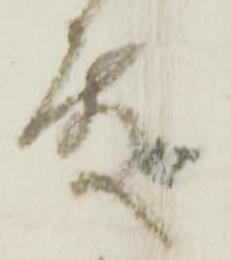
殿